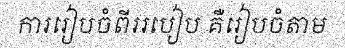
ការរៀបចំពីររបៀប គឺរៀបចំតាម